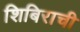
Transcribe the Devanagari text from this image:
शिबिराची